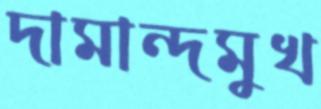
দামান্দমুখ